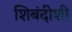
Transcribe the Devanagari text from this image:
शिबंदीशी